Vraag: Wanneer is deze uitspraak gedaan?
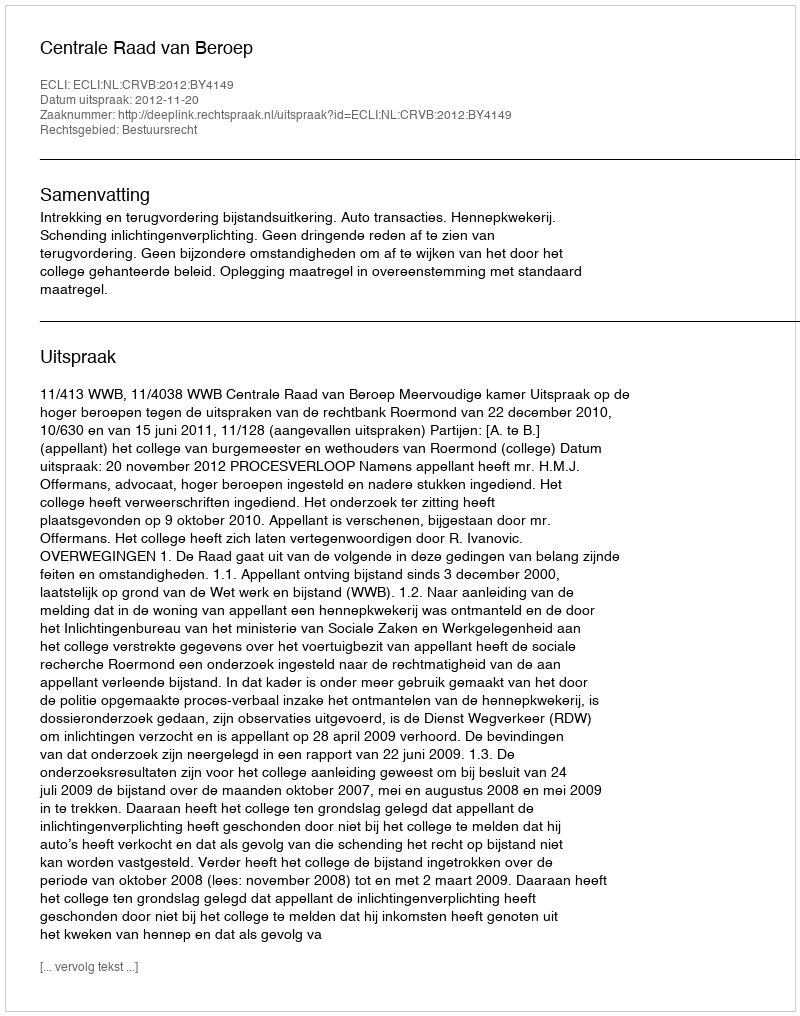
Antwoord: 2012-11-20